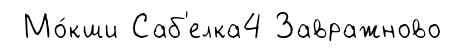
Мо́кши Саб'елка4 Завражново